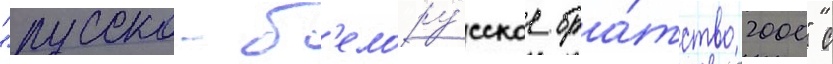
"русско-б'елору́сское бра́тство 2000" с